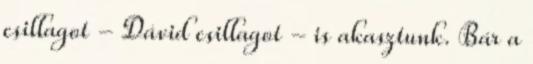
csillagot - Dávid csillagot - is akasztunk. Bár a